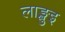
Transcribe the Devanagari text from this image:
लाङ्खुइ